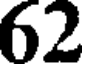
62